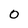
Character: O